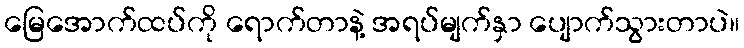
မြေအောက်ထပ်ကို ရောက်တာနဲ့ အရပ်မျက်နှာ ပျောက်သွားတာပဲ။